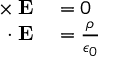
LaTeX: \begin{array} { r l } { \mathbf { \nabla \times E } } & { { } = 0 } \\ { \mathbf { \nabla \cdot E } } & { { } = { \frac { \rho } { \epsilon _ { 0 } } } } \end{array}